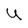
Character: U